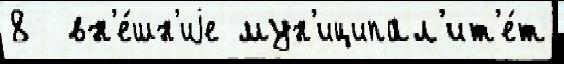
8  вн'е́шн'иjе мун'иципал'ит'е́т